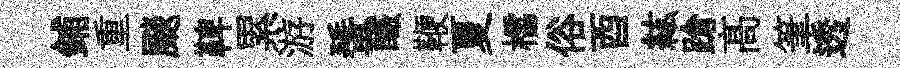
鋪重颷鞞累游蜑釅鞭夏櫺俗酉紘蹌髙筆透